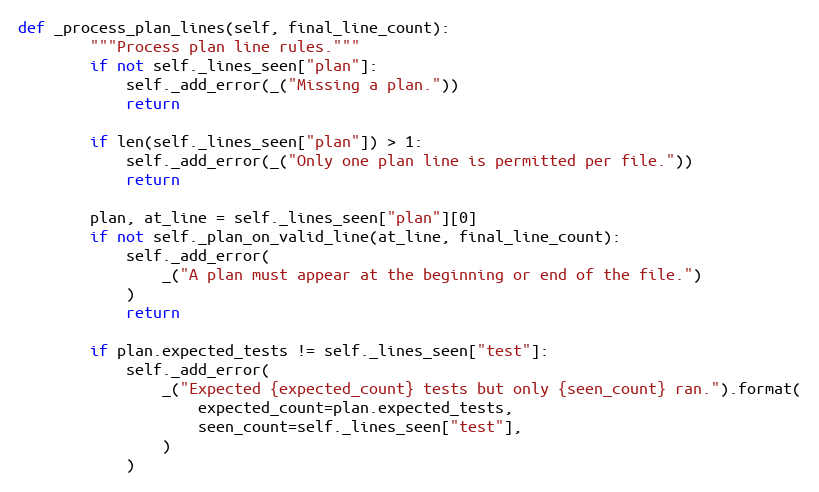
Language: Python
def _process_plan_lines(self, final_line_count):
        """Process plan line rules."""
        if not self._lines_seen["plan"]:
            self._add_error(_("Missing a plan."))
            return

        if len(self._lines_seen["plan"]) > 1:
            self._add_error(_("Only one plan line is permitted per file."))
            return

        plan, at_line = self._lines_seen["plan"][0]
        if not self._plan_on_valid_line(at_line, final_line_count):
            self._add_error(
                _("A plan must appear at the beginning or end of the file.")
            )
            return

        if plan.expected_tests != self._lines_seen["test"]:
            self._add_error(
                _("Expected {expected_count} tests but only {seen_count} ran.").format(
                    expected_count=plan.expected_tests,
                    seen_count=self._lines_seen["test"],
                )
            )